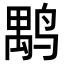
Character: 𪉐